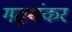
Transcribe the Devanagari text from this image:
गढ़शंकर